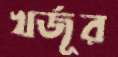
খর্জূর